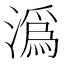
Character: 潙